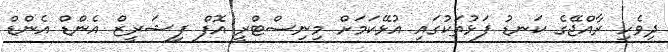
ދިވެހި ރާއްޖޭގެ ކަނޑު ފަޅުތަކުގައި އުޅޭކަމަށް މިނިސްޓްރީ އޮފް ފިޝަރީޒް އެންޑް އެންޑް